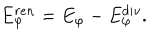
E _ { \varphi } ^ { r e n } = E _ { \varphi } - E _ { \varphi } ^ { d i v } .